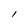
Character: l